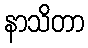
နာသိတာ